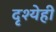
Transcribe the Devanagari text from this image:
दृश्येही